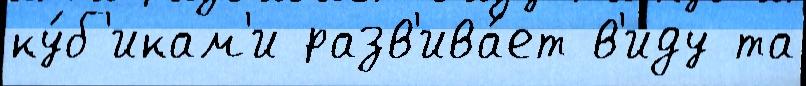
ку́б'икам'и разв'ива́ет в'иду та